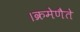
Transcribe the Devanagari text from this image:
।क्रमेणैते